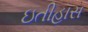
ઇતીહાસ